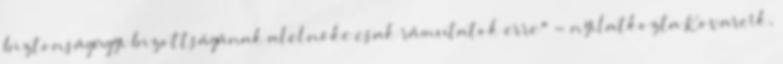
biztonságügyi bizottságának alelnöke csak rámutatok erre" - nyilatkozta Kovarcík,